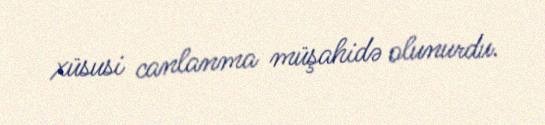
xüsusi canlanma müşahidə olunurdu.